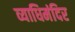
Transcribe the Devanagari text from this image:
व्याधिमंदिर